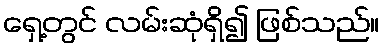
ရှေ့တွင် လမ်းဆုံရှိ၍ ဖြစ်သည်။